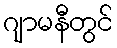
ဂျာမနီတွင်